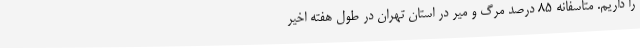
را داریم. متاسفانه ۸۵ درصد مرگ و میر در استان تهران در طول هفته اخیر